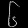
Digit: ၆